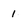
Character: 1